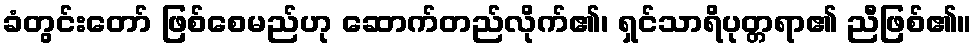
ခံတွင်းတော် ဖြစ်စေမည်ဟု ဆောက်တည်လိုက်၏၊ ရှင်သာရိပုတ္တရာ၏ ညီဖြစ်၏။